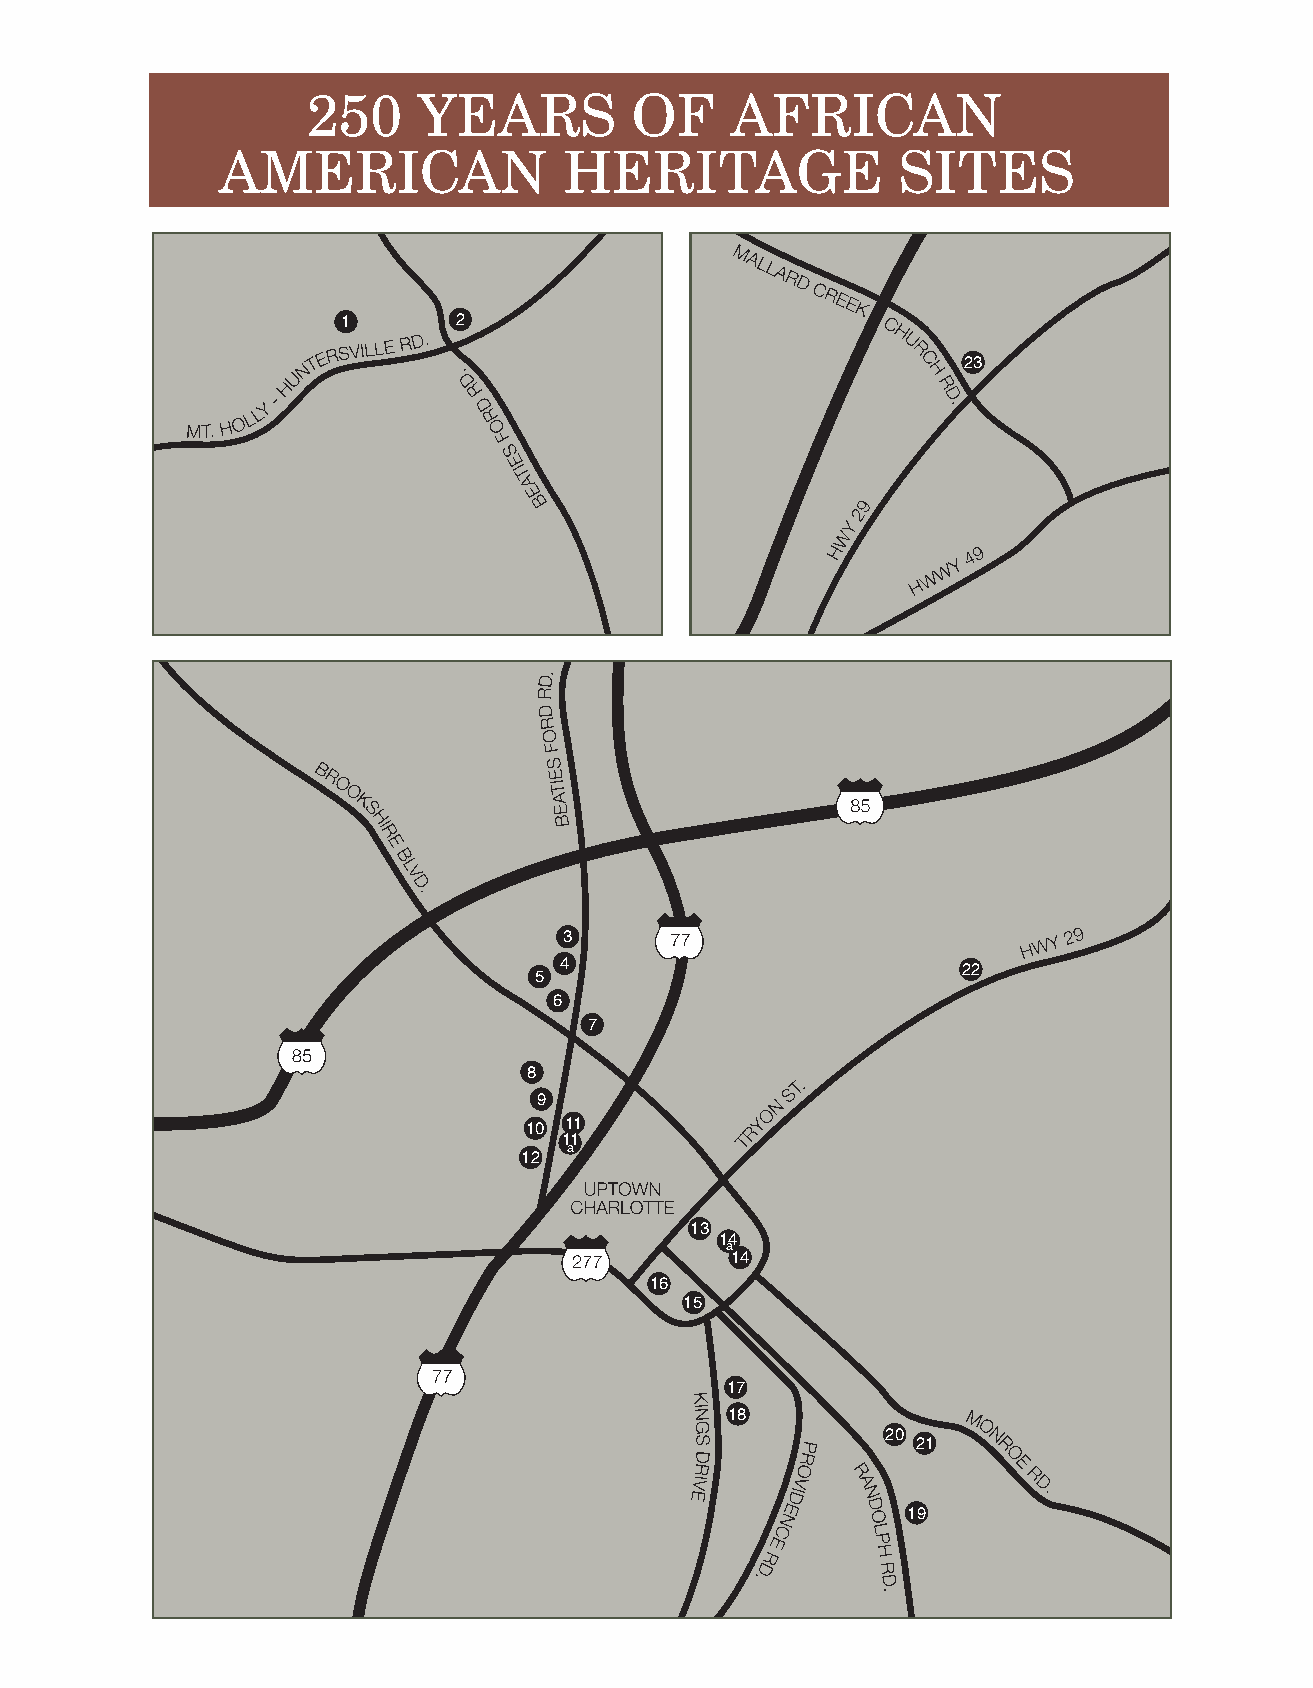
250     YEARS         OF    AFRICAN
 AMERICAN               HERITAGE              SITES
 1      2
 23
 3
 4                          22
 5
 6
 7
 8
 9
 10 11
 11
 a
 12
 13
 14
 a
 14
 16
 15
 17
 18
 20
 21
 19